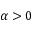
\alpha > 0